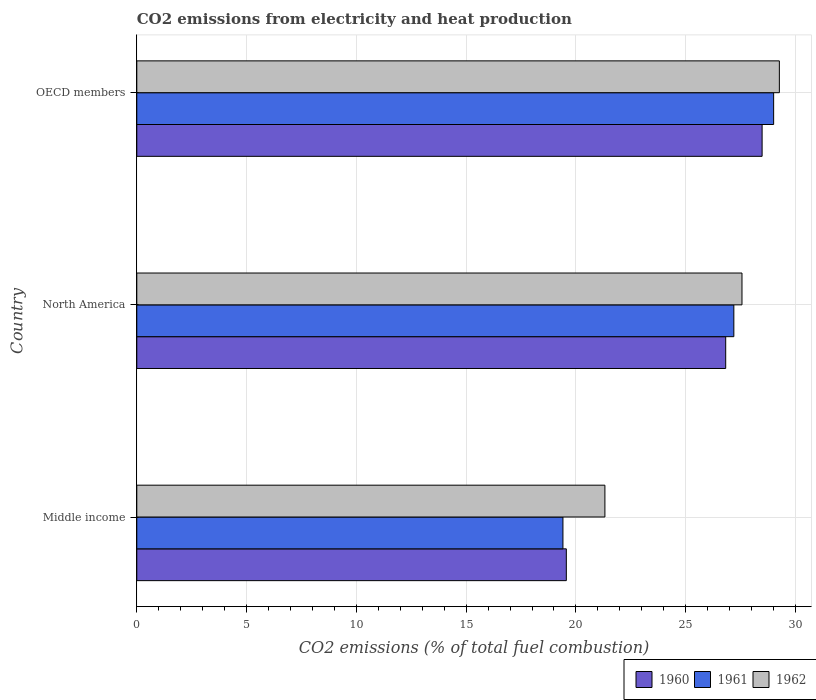
| Country | 1960 | 1961 | 1962 |
 | --- | --- | --- | --- |
 | Middle income | 19.6 | 19.4 | 21.3 |
 | North America | 26.8 | 27.2 | 27.6 |
 | OECD members | 28.5 | 29 | 29.3 |